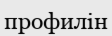
профилін